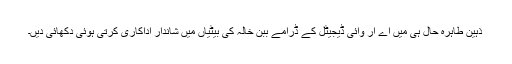
ذہین طاہرہ حال ہی میں اے آر وائی ڈیجیٹل کے ڈرامے ببن خالہ کی بیٹیاں میں شاندار اداکاری کرتی ہوئی دکھائی دیں۔